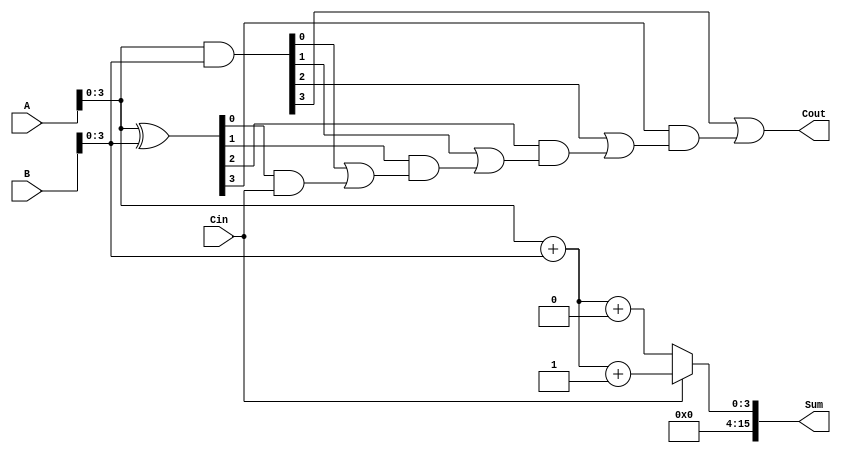
module HybridCarrySelectAdder (
    input [15:0] A,      // 16-bit input A
    input [15:0] B,      // 16-bit input B
    input Cin,           // Carry-in
    output [15:0] Sum,   // 16-bit Sum output
    output Cout          // Carry-out
);

    // Internal signals for carry and sum
    wire [3:0] S0, S1;   // Sum outputs for carry-in = 0 and carry-in = 1
    wire [3:0] C0, C1;   // Carry outputs for carry-in = 0 and carry-in = 1
    wire [3:0] P, G;     // Propagate and Generate signals
    wire [3:0] C;        // Carry signals between segments

    // Segment 0 (A[3:0], B[3:0])
    assign {C0[0], S0[3:0]} = A[3:0] + B[3:0] + 1'b0; // Carry-in = 0
    assign {C1[0], S1[3:0]} = A[3:0] + B[3:0] + 1'b1; // Carry-in = 1

    // Segment 1 (A[7:4], B[7:4])
    assign {C0[1], S0[7:4]} = A[7:4] + B[7:4] + C[0]; // Carry-in from previous segment
    assign {C1[1], S1[7:4]} = A[7:4] + B[7:4] + C[0] + 1'b1;

    // Segment 2 (A[11:8], B[11:8])
    assign {C0[2], S0[11:8]} = A[11:8] + B[11:8] + C[1];
    assign {C1[2], S1[11:8]} = A[11:8] + B[11:8] + C[1] + 1'b1;

    // Segment 3 (A[15:12], B[15:12])
    assign {C0[3], S0[15:12]} = A[15:12] + B[15:12] + C[2];
    assign {C1[3], S1[15:12]} = A[15:12] + B[15:12] + C[2] + 1'b1;

    // Carry Lookahead Logic
    assign P = (A[3:0] ^ B[3:0]); // Propagate
    assign G = (A[3:0] & B[3:0]); // Generate

    assign C[0] = G[0] | (P[0] & Cin);
    assign C[1] = G[1] | (P[1] & C[0]);
    assign C[2] = G[2] | (P[2] & C[1]);
    assign C[3] = G[3] | (P[3] & C[2]);

    // Multiplexer to select final sum and carry
    assign Sum = (Cin == 1'b0) ? S0 : S1;
    assign Cout = C[3];

endmodule